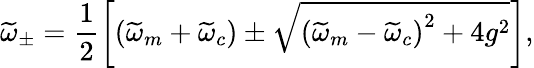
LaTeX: \widetilde{\omega}_{\pm}=\frac{1}{2}\left[\left(\widetilde{\omega}_{m}+\widetilde{\omega}_{c}\right)\pm\sqrt{\left(\widetilde{\omega}_{m}-\widetilde{\omega}_{c}\right)^{2}+4g^{2}}\right],